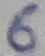
Text: 6